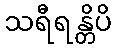
သရီရန္တိပိ